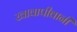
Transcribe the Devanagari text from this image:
खावापीवानी